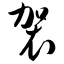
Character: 袈